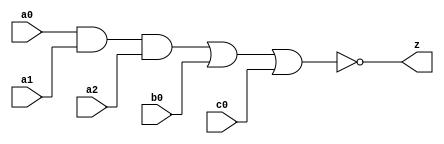
// This program was cloned from: https://github.com/aolofsson/oh
// License: MIT License

//#############################################################################
//# Function: And-Or-Inverter (aoi311) Gate                                   #
//# Copyright: OH Project Authors. ALl rights Reserved.                       #
//# License:  MIT (see LICENSE file in OH repository)                         #
//#############################################################################

module asic_aoi311 #(parameter PROP = "DEFAULT")   (
    input  a0,
    input  a1,
    input  a2,
    input  b0,
    input  c0,
    output z
    );

   assign z = ~((a0 & a1 & a2) | b0 | c0);

endmodule